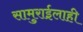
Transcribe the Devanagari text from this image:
सामुराईलाही